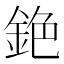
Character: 銫